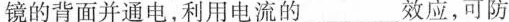
镜的背面并通电，利用电流的 ___效应，可防